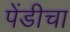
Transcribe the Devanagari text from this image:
पेंडीचा